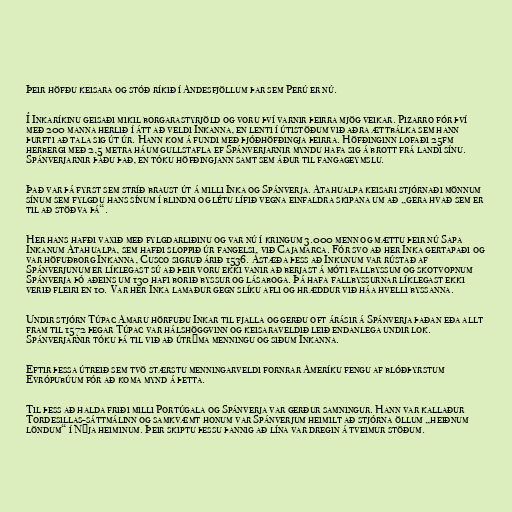
Þeir höfðu keisara og stóð ríkið í Andesfjöllum þar sem Perú er nú.

Í Inkaríkinu geisaði mikil borgarastyrjöld og voru því varnir þeirra mjög veikar. Pizarro fór því
með 200 manna herlið í átt að veldi Inkanna, en lenti í útistöðum við aðra ættbálka sem hann
þurfti að tala sig út úr. Hann kom á fundi með þjóðhöfðingja þeirra. Höfðinginn lofaði 25fm
herbergi með 2,5 metra háum gullstafla ef Spánverjarnir myndu hafa sig á brott frá landi sínu.
Spánverjarnir þáðu það, en tóku höfðingjann samt sem áður til fangageymslu.

Það var þá fyrst sem stríð braust út á milli Inka og Spánverja. Atahualpa keisari stjórnaði mönnum
sínum sem fylgdu hans sínum í blindni og létu lífið vegna einfaldra skipana um að „gera hvað sem er
til að stöðva þá“.

Her hans hafði vaxið með fylgdarliðinu og var nú í kringum 3.000 menn og mættu þeir nú Sapa
Inkanum Atahualpa, sem hafði sloppið úr fangelsi, við Cajamarca. Fór svo að her Inka gertapaði og
var höfuðborg Inkanna, Cusco sigruð árið 1536. Ástæða þess að Inkunum var rústað af
Spánverjunum er líklegast sú að þeir voru ekki vanir að berjast á móti fallbyssum og skotvopnum
Spánverja þó aðeins um 130 hafi borið byssur og lásaboga. Þá hafa fallbyssurnar líklegast ekki
verið fleiri en 10. Var her Inka lamaður gegn slíku afli og hræddur við háa hvelli byssanna.

Undir stjórn Túpac Amaru hörfuðu Inkar til fjalla og gerðu oft árásir á Spánverja þaðan eða allt
fram til 1572 þegar Túpac var hálshöggvinn og keisaraveldið leið endanlega undir lok.
Spánverjarnir tóku þá til við að útrýma menningu og siðum Inkanna.

Eftir þessa útreið sem tvö stærstu menningarveldi fornrar Ameríku fengu af blóðþyrstum
Evrópubúum fór að koma mynd á þetta.

Til þess að halda friði milli Portúgala og Spánverja var gerður samningur. Hann var kallaður
Tordesillas-sáttmálinn og samkvæmt honum var Spánverjum heimilt að stjórna öllum „heiðnum
löndum“ í Nýja heiminum. Þeir skiptu þessu þannig að lína var dregin á tveimur stöðum.